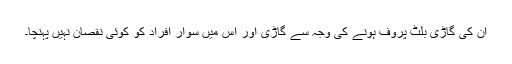
ان کی گاڑی بلٹ پروف ہونے کی وجہ سے گاڑی اور اس میں سوار افراد کو کوئی نقصان نہیں پہنچا۔